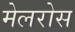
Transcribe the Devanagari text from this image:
मेलरोस